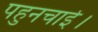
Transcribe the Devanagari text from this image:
पहुनचाई।